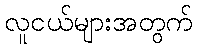
လူငယ်များအတွက်